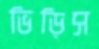
ভিড়িস